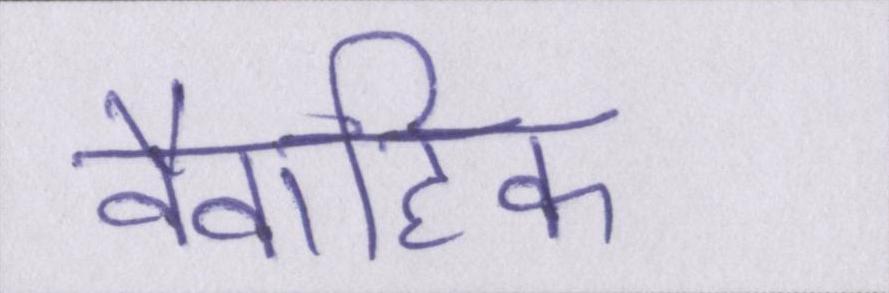
वैवाहिक